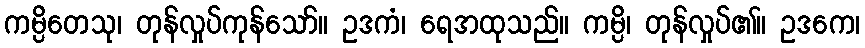
ကမ္ပိတေသု၊ တုန်လှုပ်ကုန်သော်။ ဥဒကံ၊ ရေအထုသည်။ ကမ္ပိ၊ တုန်လှုပ်၏။ ဥဒကေ၊